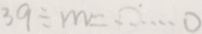
3 9 \div m = \cdots o